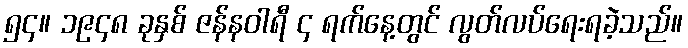
၅၄။ ၁၉၄၈ ခုနှစ် ဇန်နဝါရီ ၄ ရက်နေ့တွင် လွတ်လပ်ရေးရခဲ့သည်။